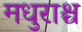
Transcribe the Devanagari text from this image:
मधुराश्च